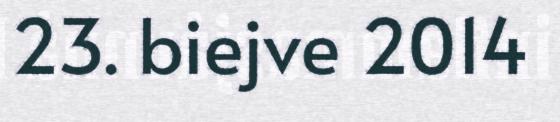
23. biejve 2014